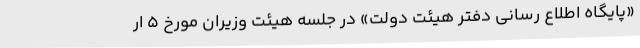
«پایگاه اطلاع رسانی دفتر هیئت دولت» در جلسه هیئت وزیران مورخ ۵ ار